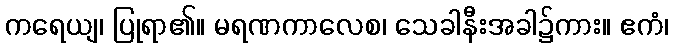
ကရေယျ၊ ပြုရာ၏။ မရဏကာလေစ၊ သေခါနီးအခါ၌ကား။ ဧကံ၊